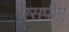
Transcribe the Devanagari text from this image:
एसपीए